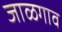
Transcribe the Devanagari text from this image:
जाळगाव